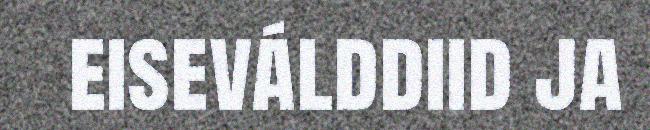
eiseválddiid ja